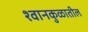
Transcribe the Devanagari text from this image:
श्वानकुळातील